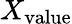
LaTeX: X_{\mathrm{value}}